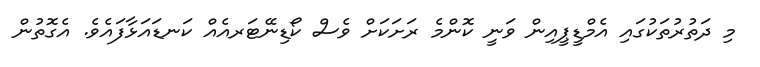
މި ދަތުރުތަކުގައި އެމްޑީޕީއިން ވަނީ ކޮންމެ ރަށަކަށް ވެސް ކޯޑިނޭޓަރއެއް ކަނޑައަޅާފައެވެ. އެގޮތުން